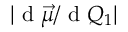
| \mathrm { ~ d ~ } \vec { \mu } / \mathrm { ~ d ~ } Q _ { 1 } |